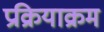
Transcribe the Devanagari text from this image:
प्रक्रियाक्रम